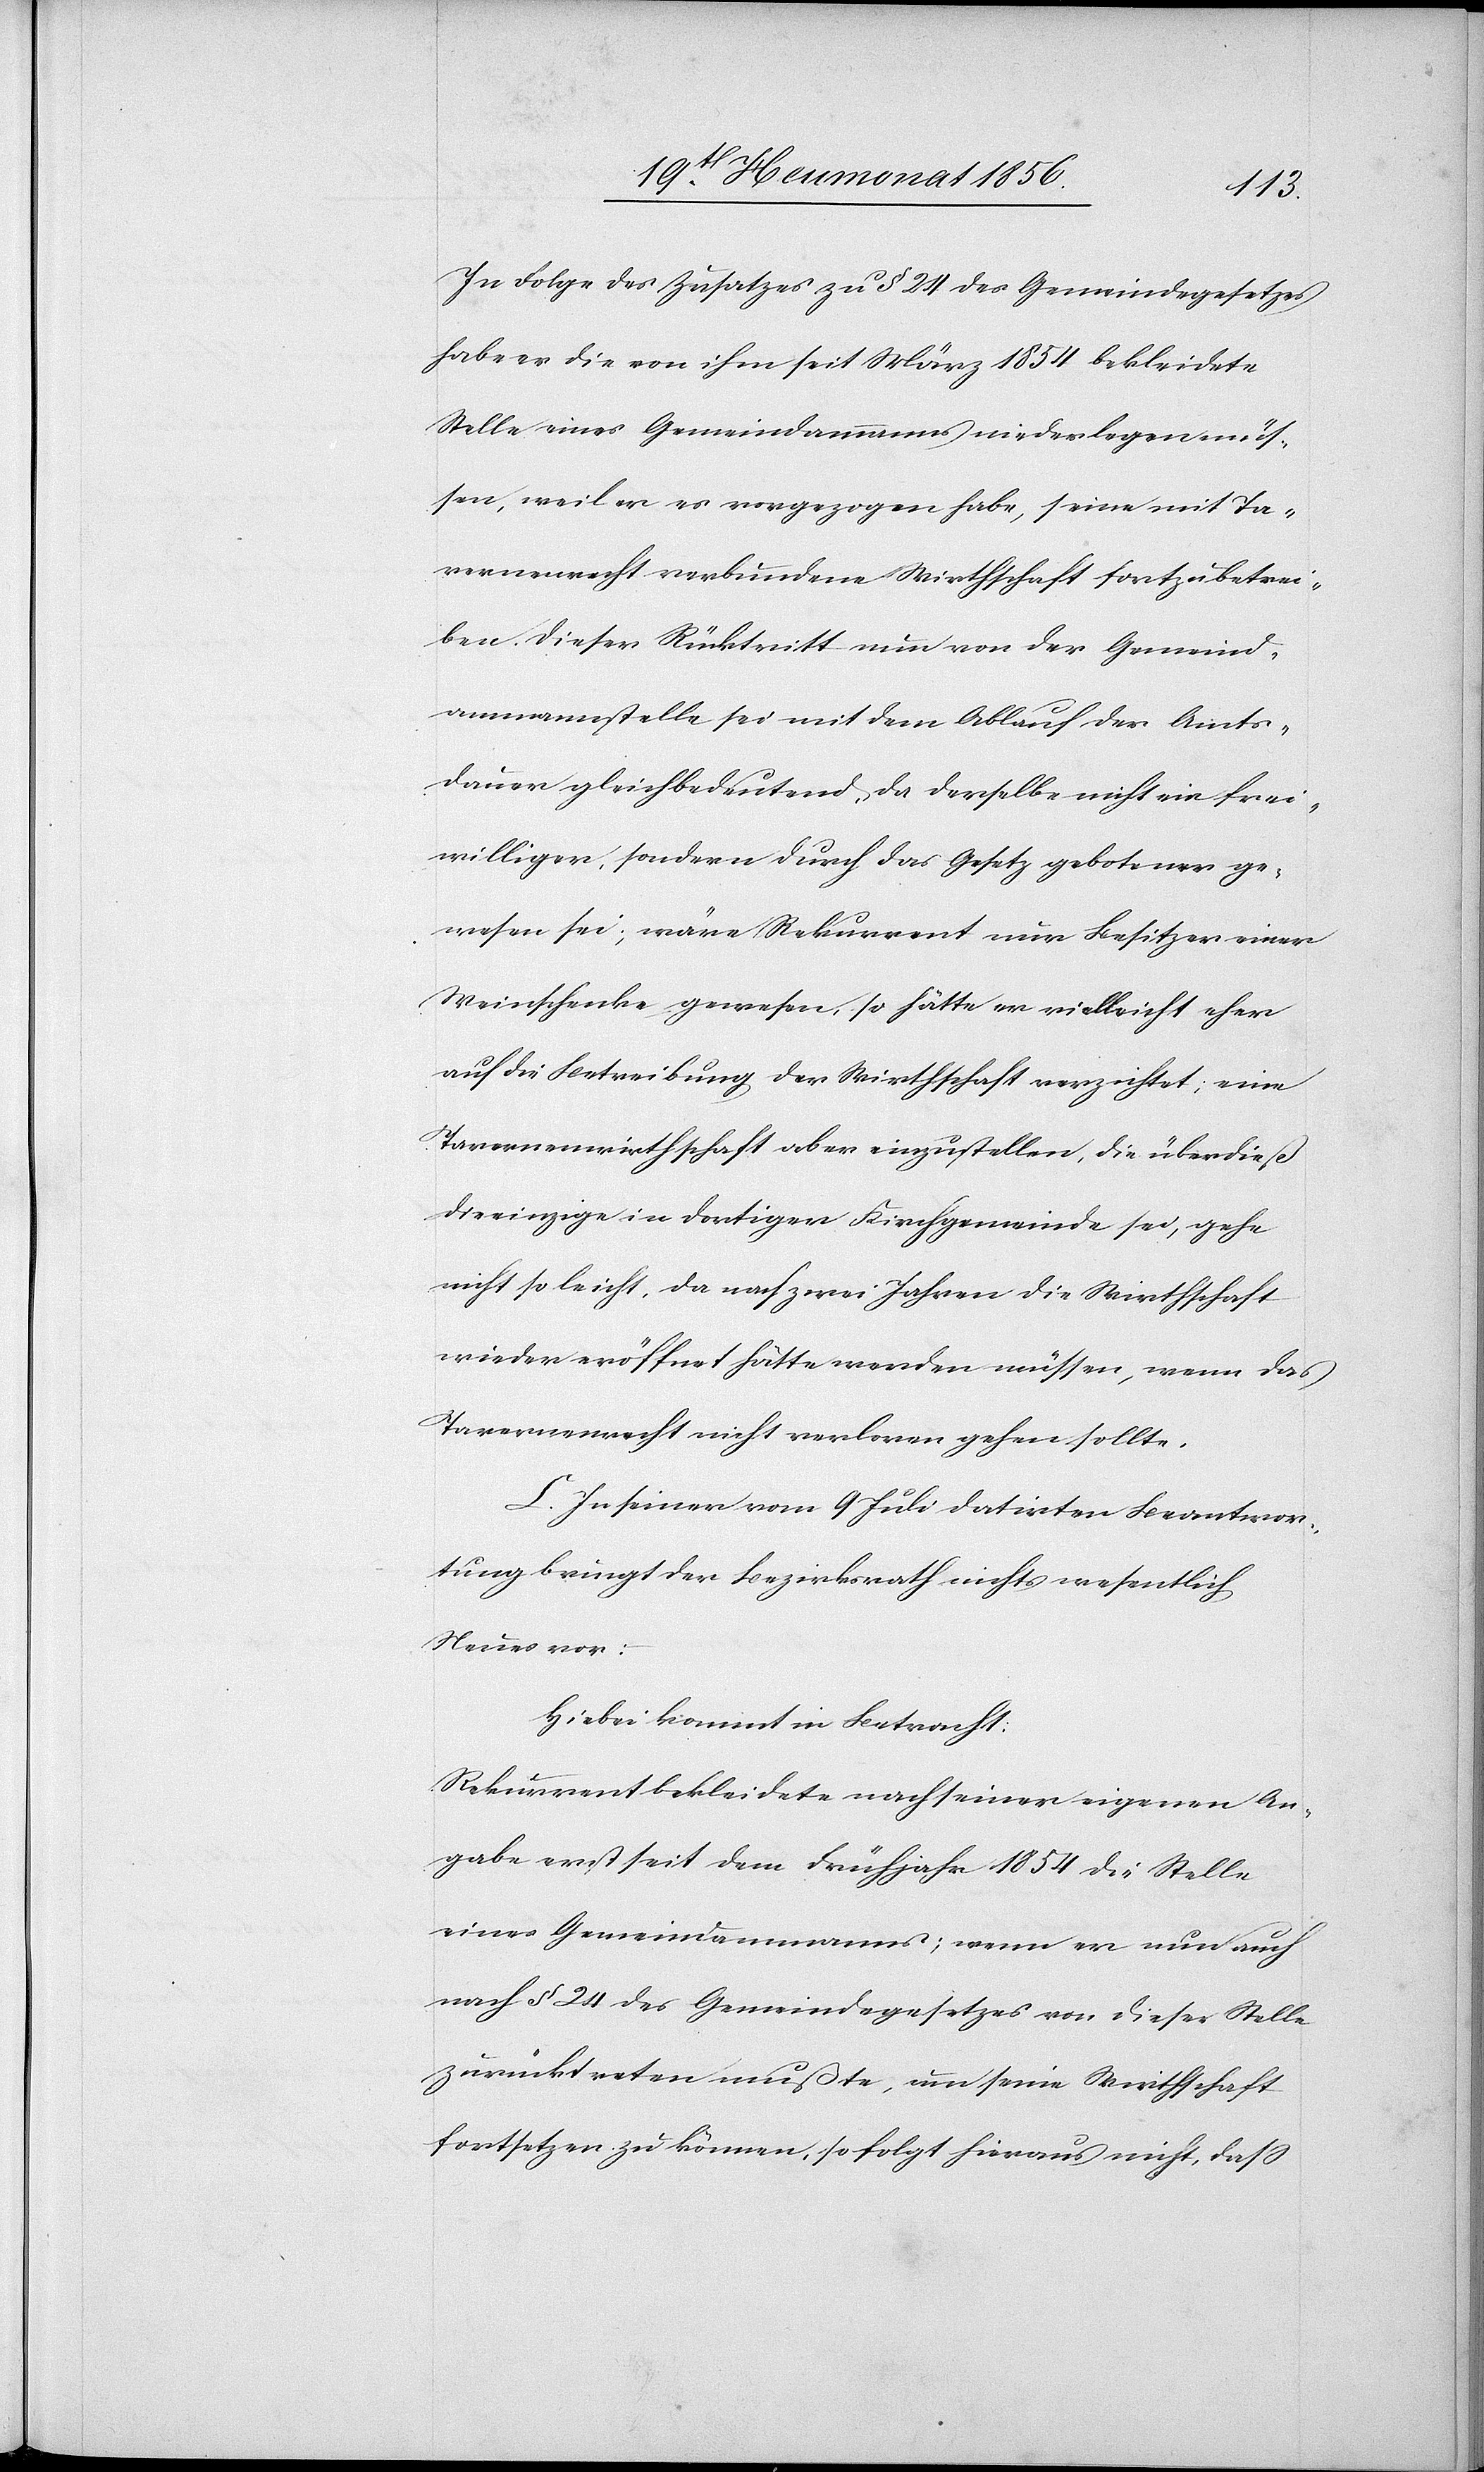
In Folge des Zusatzes zu § 24 des Gemeindegesetzes
habe er die von ihm seit März 1854 bekleidete
Stelle eines Gemeindammanns niederlegen müs¬
sen, weil er es vorgezogen habe, seine mit Ta¬
vernenrecht verbundene Wirthschaft fortzubetrei¬
ben. Dieser Rücktritt nun von der Gemeind¬
ammannstelle sei mit dem Ablauf der Amts¬
dauer gleichbedeutend, da derselbe nicht ein frei¬
williger, sondern durch das Gesetz gebotener ge¬
wesen sei; wäre Rekurrent nun Besitzer einer
Weinschenke gewesen, so hätte er vielleicht eher
auf die Betreibung der Wirthschaft verzichtet; eine
Tavernenwirthschaft aber einzustellen, die überdieß
die einzige in dortiger Kirchgemeinde sei, gehe
nicht so leicht, da nach zwei Jahren die Wirthschaft
wieder eröffnet hätte werden müssen, wenn das
Tavernenrecht nicht verloren gehen sollte.
C. In seiner vom 9 Juli datirten Beantwor¬
tung bringt der Bezirksrath nichts wesentlich
Neues vor:
Hiebei kommt in Betracht:
Rekurrent bekleidete nach seiner eigenen An¬
gabe erst seit dem Frühjahr 1854 die Stelle
eines Gemeindammanns; wenn er nun auch
nach § 24 des Gemeindegesetzes von dieser Stelle
zurücktreten mußte, um seine Wirthschaft
fortsetzen zu können, so folgt hieraus nicht, dass